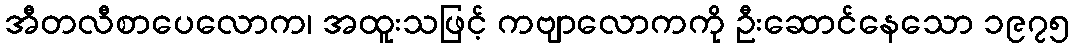
အီတလီစာပေလောက၊ အထူးသဖြင့် ကဗျာလောကကို ဦးဆောင်နေသော ၁၉၇၅